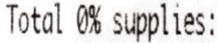
TOTAL 0% SUPPLIES: